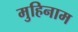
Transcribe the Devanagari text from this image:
मुहिनाम